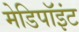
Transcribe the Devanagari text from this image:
मेडिपॉइंट